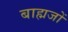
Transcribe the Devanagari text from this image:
बाह्मजों